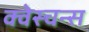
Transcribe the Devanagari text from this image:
क्वेस्चन्स